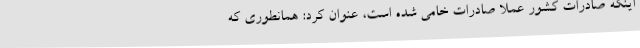
اینکه صادرات کشور عملا صادرات خامی شده است، عنوان کرد: همانطوری که